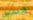
قنديل